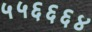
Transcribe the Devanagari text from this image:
५५६६६४